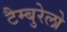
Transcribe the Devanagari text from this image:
टैम्बुरेलो